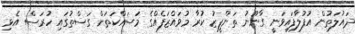
ދައުލަތުން އުފުލާފައިވަނީ ގާނޫނު ތަންފީޒު ކުރާ މުވައްޒަފެއްގެ މަސައްކަތަށް ގަސްތުގައި ހުރަސް އެޅި